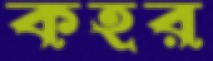
কহর